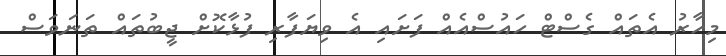
މިހާރު އެތައް ގެސްޓް ހައުސްއެއް ފަށައި އެ ވިޔަފާރި ފުޅާކޮށް ޖީބުތައް ތަނަވަސް